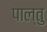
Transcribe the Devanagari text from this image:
पाल्तु